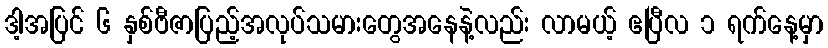
ဒါ့အပြင် ၆ နှစ်ဗီဇာပြည့်အလုပ်သမားတွေအနေနဲ့လည်း လာမယ့် ဧပြီလ ၁ ရက်နေ့မှာ